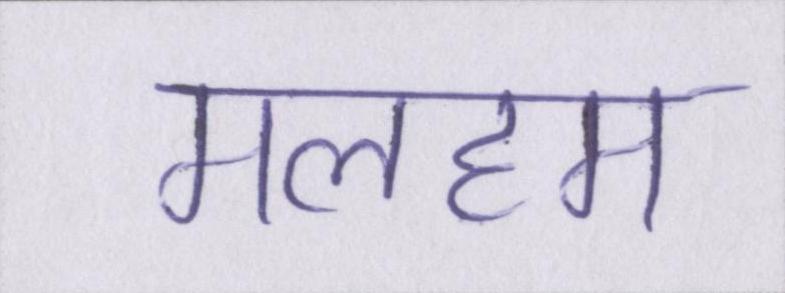
मलहम